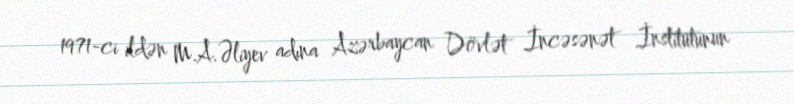
1971-ci ildən M.A.Əliyev adına Azərbaycan Dövlət İncəsənət İnstitutunun